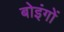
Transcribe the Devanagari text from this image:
बोइंगों